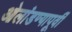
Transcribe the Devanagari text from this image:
ओलांडण्यापूर्वी